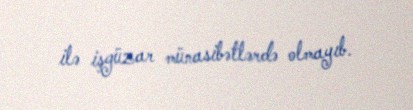
ilə işgüzar münasibətlərdə olmayıb.